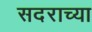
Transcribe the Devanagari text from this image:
सदराच्या